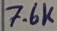
Text: 7.6K